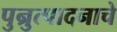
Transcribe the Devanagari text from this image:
पुन्रुत्पादनाचे